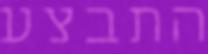
התבצע